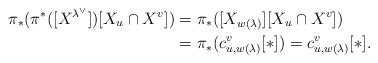
LaTeX: \begin{align*}\pi_*(\pi^*([X^{\lambda^\vee}])[X_u \cap X^v]) &= \pi_*([X_{w(\lambda)}][X_u \cap X^v])\\& = \pi_*(c_{u,w(\lambda)}^v[*]) = c_{u,w(\lambda)}^v[*].\end{align*}